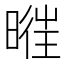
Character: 𣈧